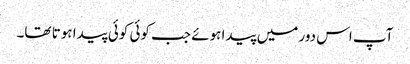
آپ اس دور میں پیدا ہوئے جب کوئی کوئی پیدا ہوتا تھا۔